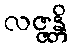
လဇ္ဇန္တိ